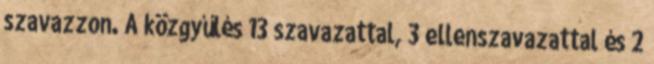
szavazzon. A közgyűlés 13 szavazattal, 3 ellenszavazattal és 2